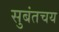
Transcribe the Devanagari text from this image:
सुबंतचय